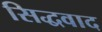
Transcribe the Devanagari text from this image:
सिद्धवाद